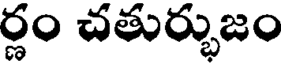
ర్ణం చతుర్భుజం